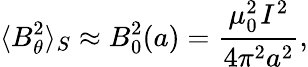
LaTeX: \langle B_{\theta}^{2}\rangle_{S}\approx B_{0}^{2}(a)=\frac{{\mu_{0}^{2}}_{}I^{2}}{4\pi^{2}a^{2}},